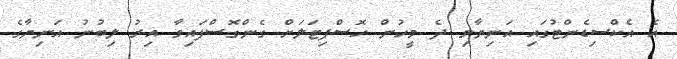
އެ އެކްސިޑެންޓުގައި އަނިޔާވި ދެ މީހުން ހޮސްޕިޓަލަށް ގެންގޮސްފައިވާ އިރު ލިބުނު އަނިޔާގެ